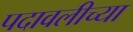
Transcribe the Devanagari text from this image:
पदावलीच्या